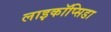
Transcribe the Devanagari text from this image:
लाइकॉप्सिडा